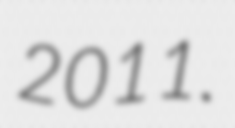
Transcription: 2011.